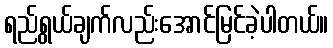
ရည်ရွယ်ချက်လည်းအောင်မြင်ခဲ့ပါတယ်။